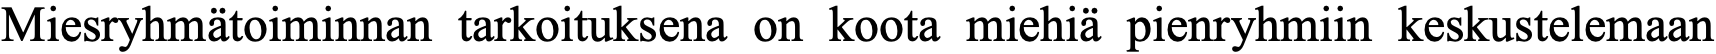
Miesryhmätoiminnan tarkoituksena on koota miehiä pienryhmiin keskustelemaan